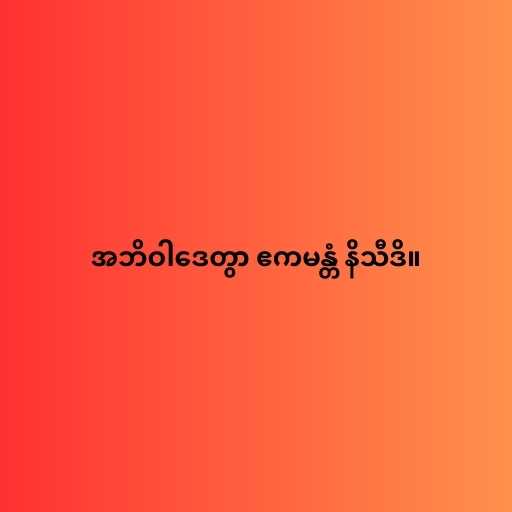
အဘိဝါဒေတွာ ဧကမန္တံ နိသီဒိ။